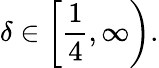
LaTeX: \delta\in\left[\frac{1}{4},\infty\right).